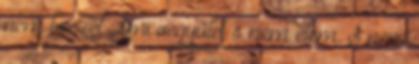
nem beszél Ami vegyület s nem elem. S nem